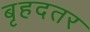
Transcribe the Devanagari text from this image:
बृहदतर